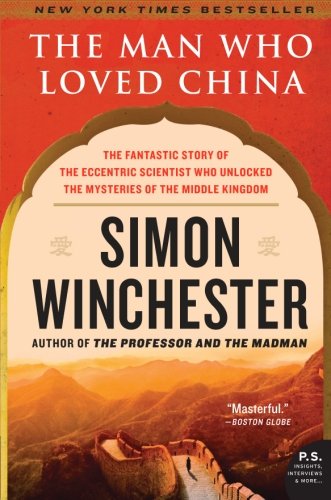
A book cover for The Man Who Loved China: The Fantastic Story of the Eccentric Scientist Who Unlocked the Mysteries of the Middle Kingdom (P.S.); Simon Winchester; Biographies & Memoirs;